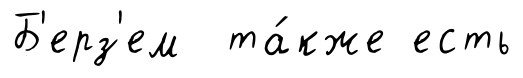
Б'ерз'ем та́кже есть